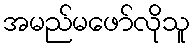
အမည်မဖော်လိုသူ